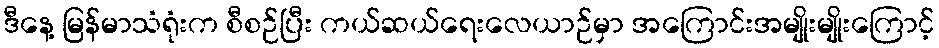
ဒီနေ့ မြန်မာသံရုံးက စီစဉ်ပြီး ကယ်ဆယ်ရေးလေယာဉ်မှာ အကြောင်းအမျိုးမျိုးကြောင့်